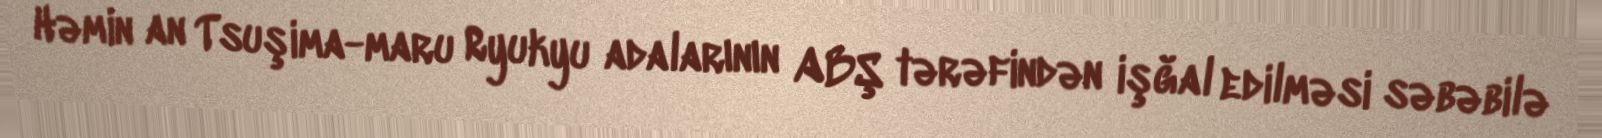
Həmin an Tsuşima-maru Ryukyu adalarının ABŞ tərəfindən işğal edilməsi səbəbilə